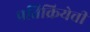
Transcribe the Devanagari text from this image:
प्रतिक्रियेची